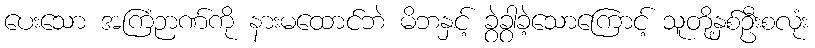
ပေးသော အကြံဉာဏ်ကို နားမထောင်ဘဲ မိဘနှင့် ခွဲခွာခဲ့သောကြောင့် သူတို့နှစ်ဦးစလုံး